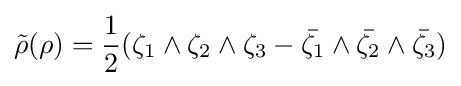
{\tilde {\rho }}(\rho )={\frac {1}{2}}(\zeta _{1}\wedge \zeta _{2}\wedge \zeta _{3}-{\bar {\zeta _{1}}}\wedge {\bar {\zeta _{2}}}\wedge {\bar {\zeta _{3}}})